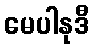
မေပါနုဒီ